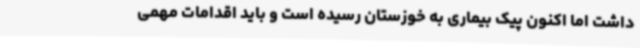
داشت اما اکنون پیک بیماری به خوزستان رسیده است و باید اقدامات مهمی